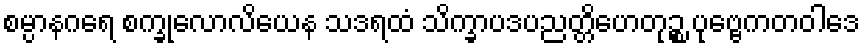
စမ္ပာနဂရေ စက္ခုလောလိယေန သဒရထံ သိက္ခာပဒပညတ္တိဟေတုဉ္စ ပုဗ္ဗေကတဝါဒေ